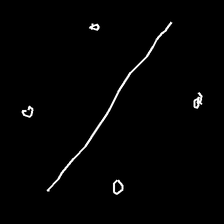
Glyph: cool